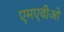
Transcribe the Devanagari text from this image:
एमएवीओ